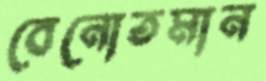
বেনোতমান